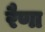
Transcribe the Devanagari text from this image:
रैणा